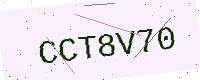
Text: CCT8V70